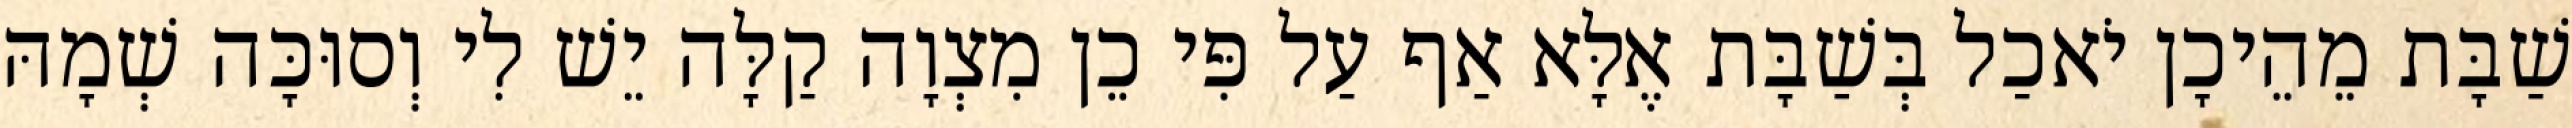
שַׁבָּת מֵהֵיכָן יֹאכַל בְּשַׁבָּת אֶלָּא אַף עַל פִּי כֵן מִצְוָה קַלָּה יֵשׁ לִי וְסוּכָּה שְׁמָהּ